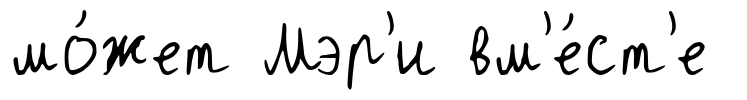
мо́жет Мэр'и вм'е́ст'е